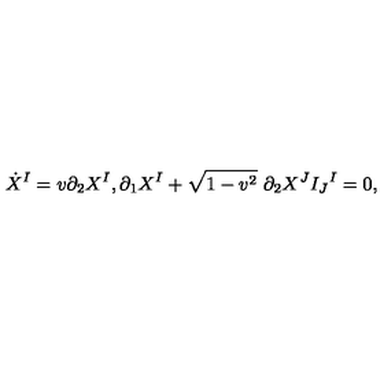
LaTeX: \dot { X } ^ { I } = v \partial _ { 2 } X ^ { I } , \partial _ { 1 } X ^ { I } + \sqrt { 1 - v ^ { 2 } } \ \partial _ { 2 } X ^ { J } I _ { J } { } ^ { I } = 0 ,